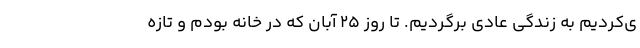
ی‌کردیم به زندگی عادی برگردیم. تا روز 25 آبان که در خانه بودم و تازه